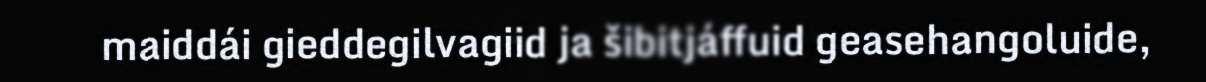
maiddái gieddegilvagiid ja šibitjáffuid geasehangoluide,